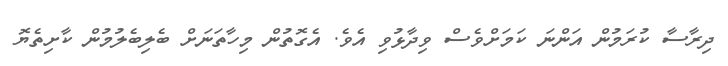
ދިރާސާ ކުރަމުން އަންނަ ކަމަށްވެސް ވިދާޅުވި އެވެ. އެގޮތުން މިހާތަނަށް ބެލިބެލުމުން ކާށިތެޔޮ